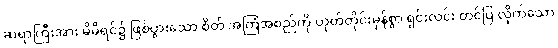
ဆရာကြီးအား မိမိရင်၌ ဖြစ်ပွားသော စိတ် အကြံအစည်ကို ဟုတ်တိုင်းမှန်စွာ ရှင်းလင်း တင်ပြ လိုက်သော